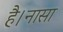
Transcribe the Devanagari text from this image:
है।नासा